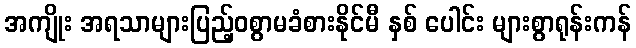
အကျိုး အရသာများပြည့်ဝစွာမခံစားနိုင်မီ နှစ် ပေါင်း များစွာရုန်းကန်